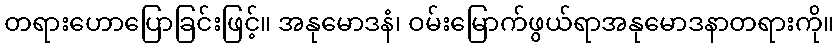
တရားဟောပြောခြင်းဖြင့်။ အနုမောဒနံ၊ ဝမ်းမြောက်ဖွယ်ရာအနုမောဒနာတရားကို။